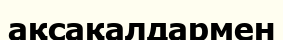
ақсақалдармен